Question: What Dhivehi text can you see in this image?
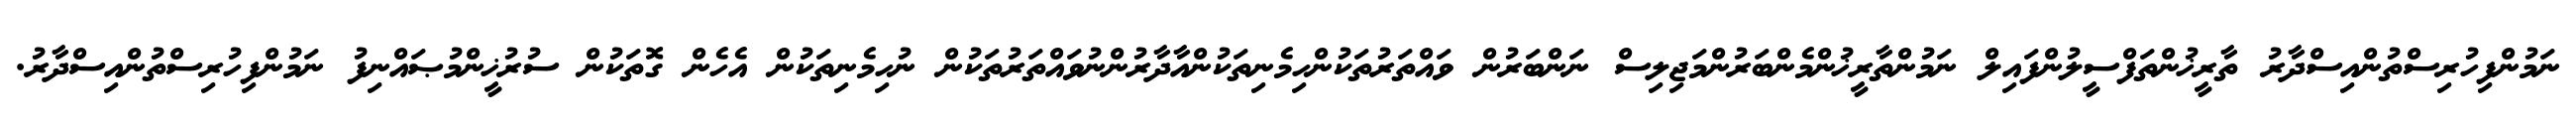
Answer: ނަމުންފިހުރިސްތުންއިސްދާރު ތާރީޚުންތަފްސީލުންފައިލް ނަމުންތާރީޚުންމެންބަރުންމަޖިލިސް ނަންބަރުން ވައްތަރުތަކުންހިމެނިތަކުންއާދާރުންނުވައްތަރުތަކުން ނުހިމެނިތަކުން އެހެން ގޮތަކުން ސުރުޚީންމުޞައްނިފު ނަމުންފިހުރިސްތުންއިސްދާރު.